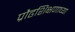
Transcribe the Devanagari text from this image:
प्रौढशिक्षणाच्या